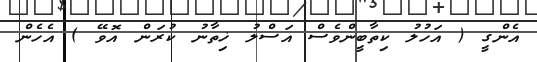
އެންގީ ( އަހުލު ކިތާބީންވެސް އަސްލު ޚިތާނު ކުރަން އޮވޭ ) އެހެން